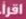
إقرأ